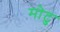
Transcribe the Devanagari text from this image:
मोटु